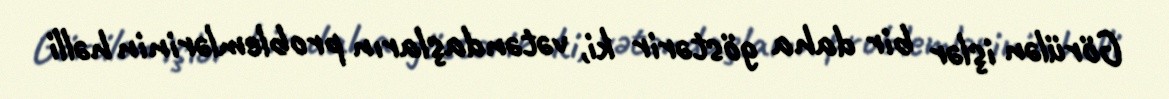
Görülən işlər bir daha göstərir ki, vətəndaşların problemlərinin həlli